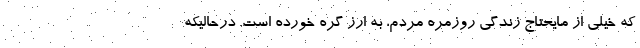
که خیلی از مایحتاج زندگی روزمره مردم، به ارز گره خورده است. درحالیکه